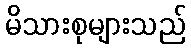
မိသားစုများသည်